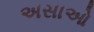
અસાઓ